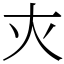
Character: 𡗜